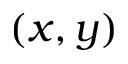
( x , y )